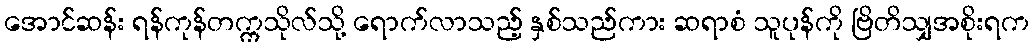
အောင်ဆန်း ရန်ကုန်တက္ကသိုလ်သို့ ရောက်လာသည့် နှစ်သည်ကား ဆရာစံ သူပုန်ကို ဗြိတိသျှအစိုးရက